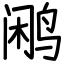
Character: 鹇